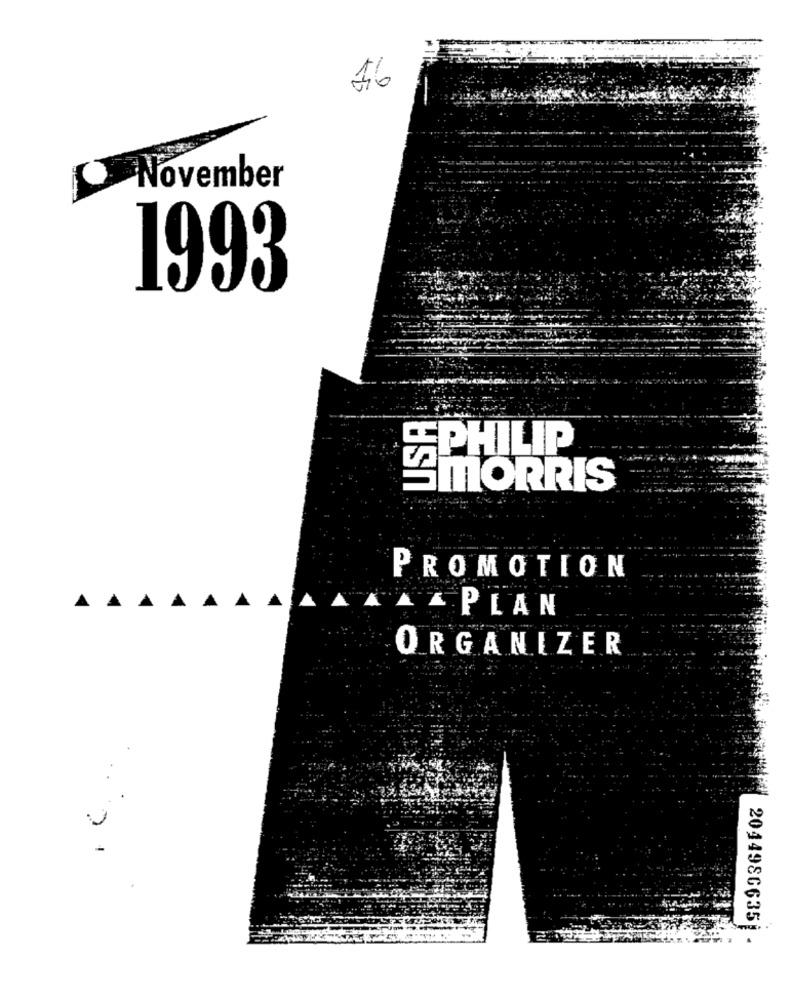
16
November
1993
SPHILIP
SMORRIS
PROMOTION
A
A
PLAN
ORGANIZER
2044986635